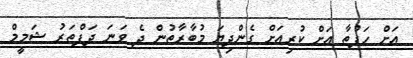
އަށް ހަފުތާ އަށް ކުރިއަށް ގެންދިޔަ މުބާރާތުން ދެ ވަނަ ދަފްތަރު ޝަމީމް